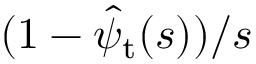
( 1 - \hat { \psi } _ { \mathrm { t } } ( s ) ) / s